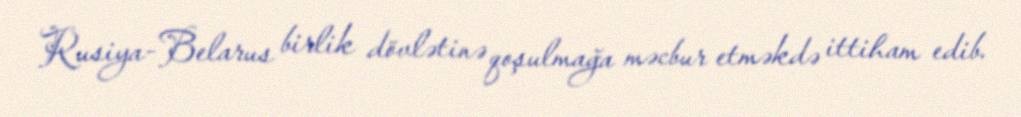
Rusiya-Belarus birlik dövlətinə qoşulmağa məcbur etməkdə ittiham edib.